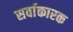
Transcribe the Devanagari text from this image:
सर्वाकारक